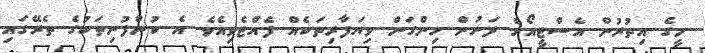
މީގެ އިތުރުން އެސްޓީއޯގެ ދަށުން ހިންގަން ވިޔަފާރިތަކެއް ފެއްޓެވިއެވެ. އެ ކުންފުނިތަކުގެ ތެރޭގައި